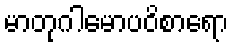
မာတုဂါမောပဝိစာရော